Civil Veterinary Department. United Provinces 1912-22 - 1912-1922
Year: 1912
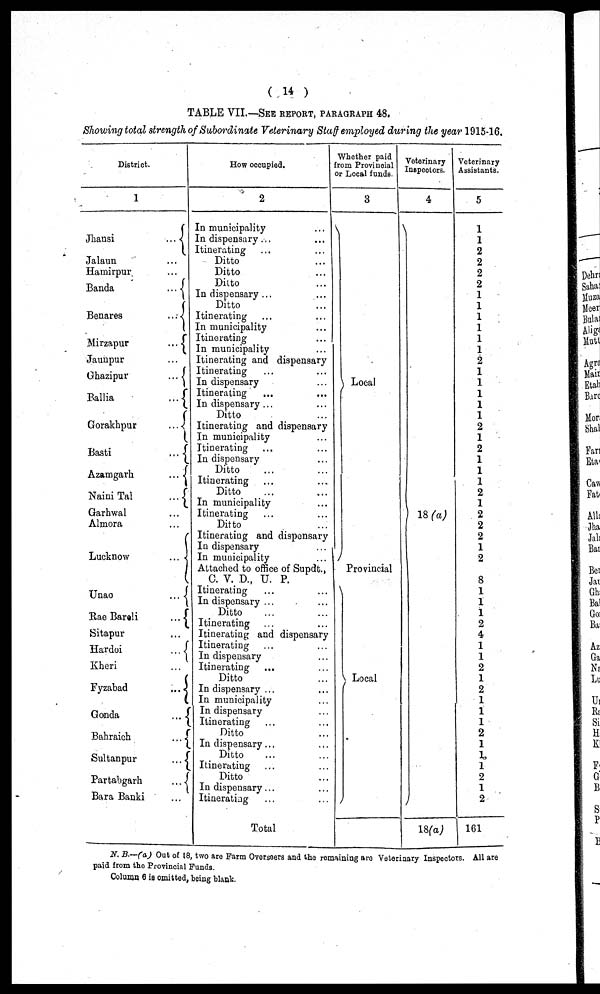
( 14 )
TABLE VII.—SEE REPORT, PARAGRAPHS 48.
Showing total strength of Subordinate Veterinary Staff employed during the year 1915-16.
District.
1
Jhansi
...
Jalaun …
Hamirpur …
Banda
...
Benares
...
Mirzapur
...
Jaunpur …
Ghazipur
...
Ballia
...
Gorakhpur
...
Basti
...
Azamgarh
...
Naini
Tal
...
Garhwal …
Almora …
Lucknow
...
Unao
...
Rae Bareli
...
Sitapur …
Hardoi
...
Kheri …
Fyzabad …
Gonda
...
Bahraich …
Sultanpur
...
Partabgarh
...
Bara Banki …
How occupied.
2
In municipality …
In dispensary ... …
Itinerating … …
Ditto …
Ditto …
Ditto …
In dispensary ... …
Ditto …
Itinerating … …
In municipality …
Itinerating …
In municipality …
Itinerating and dispensary
Itinerating … …
In dispensary …
Itinerating … …
In dispensary ... …
Ditto …
Itinerating and dispensary
In municipality …
Itinerating … …
In dispensary …
Ditto … …
Itinerating … …
Ditto … …
In municipality …
Itinerating … …
Ditto …
Itinerating and dispensary
In dispensary …
In municipality …
Attached to office of Supdt.,
C. V. D., U. P.
Itinerating … …
In dispensary ... …
Ditto … …
Itinerating … …
Itinerating and dispensary
Itinerating … …
In dispensary …
Itinerating … …
Ditto …
In dispensary ... …
In municipality …
In dispensary …
Itinerating … …
Ditto …
In dispensary ... …
Ditto …
Itinerating … …
Ditto …
In dispensary ... …
Itinerating … …
Total
Whether paid
from Provincial
or Local funds.
3
Local
Provincial
Local
Veterinary
Inspectors.
4
18(a)
18(a)
Veterinary
Assistants.
5
1
1
2
2
2
2
1
1
1
1
1
1
2
1
1
1
1
1
2
1
2
1
1
1
2
1
2
2
2
1
2
8
1
1
1
2
4
1
1
2
1
2
1
1
1
2
1
1
2
1
2
161
N. B.-—(a) Out of 18, two are Farm Overseers and the remaining are Veterinary Inspectors. All are
paid from the Provincial Funds.
Column 6 is omitted, being blank.